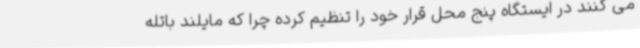
می کنند در ایستگاه پنج محل قرار خود را تنظیم کرده چرا که مایلند باتله